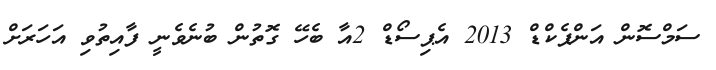
ސަމްސޮން އަންޕެކްޑް 2013 އެޕިސޯޑް 2އާ ބެހޭ ގޮތުން ބުނެވެނީ ފާއިތުވި އަހަރަށް